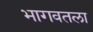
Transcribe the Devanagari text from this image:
भागवतला